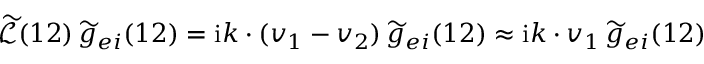
\widetilde { \mathcal { L } } ( 1 2 ) \, \widetilde { g } _ { e i } ( 1 2 ) = \mathrm { i } \boldsymbol { k } \boldsymbol { \cdot } ( \boldsymbol { v } _ { 1 } - \boldsymbol { v } _ { 2 } ) \, \widetilde { g } _ { e i } ( 1 2 ) \approx \mathrm { i } \boldsymbol { k \cdot v } _ { 1 } \, \widetilde { g } _ { e i } ( 1 2 )